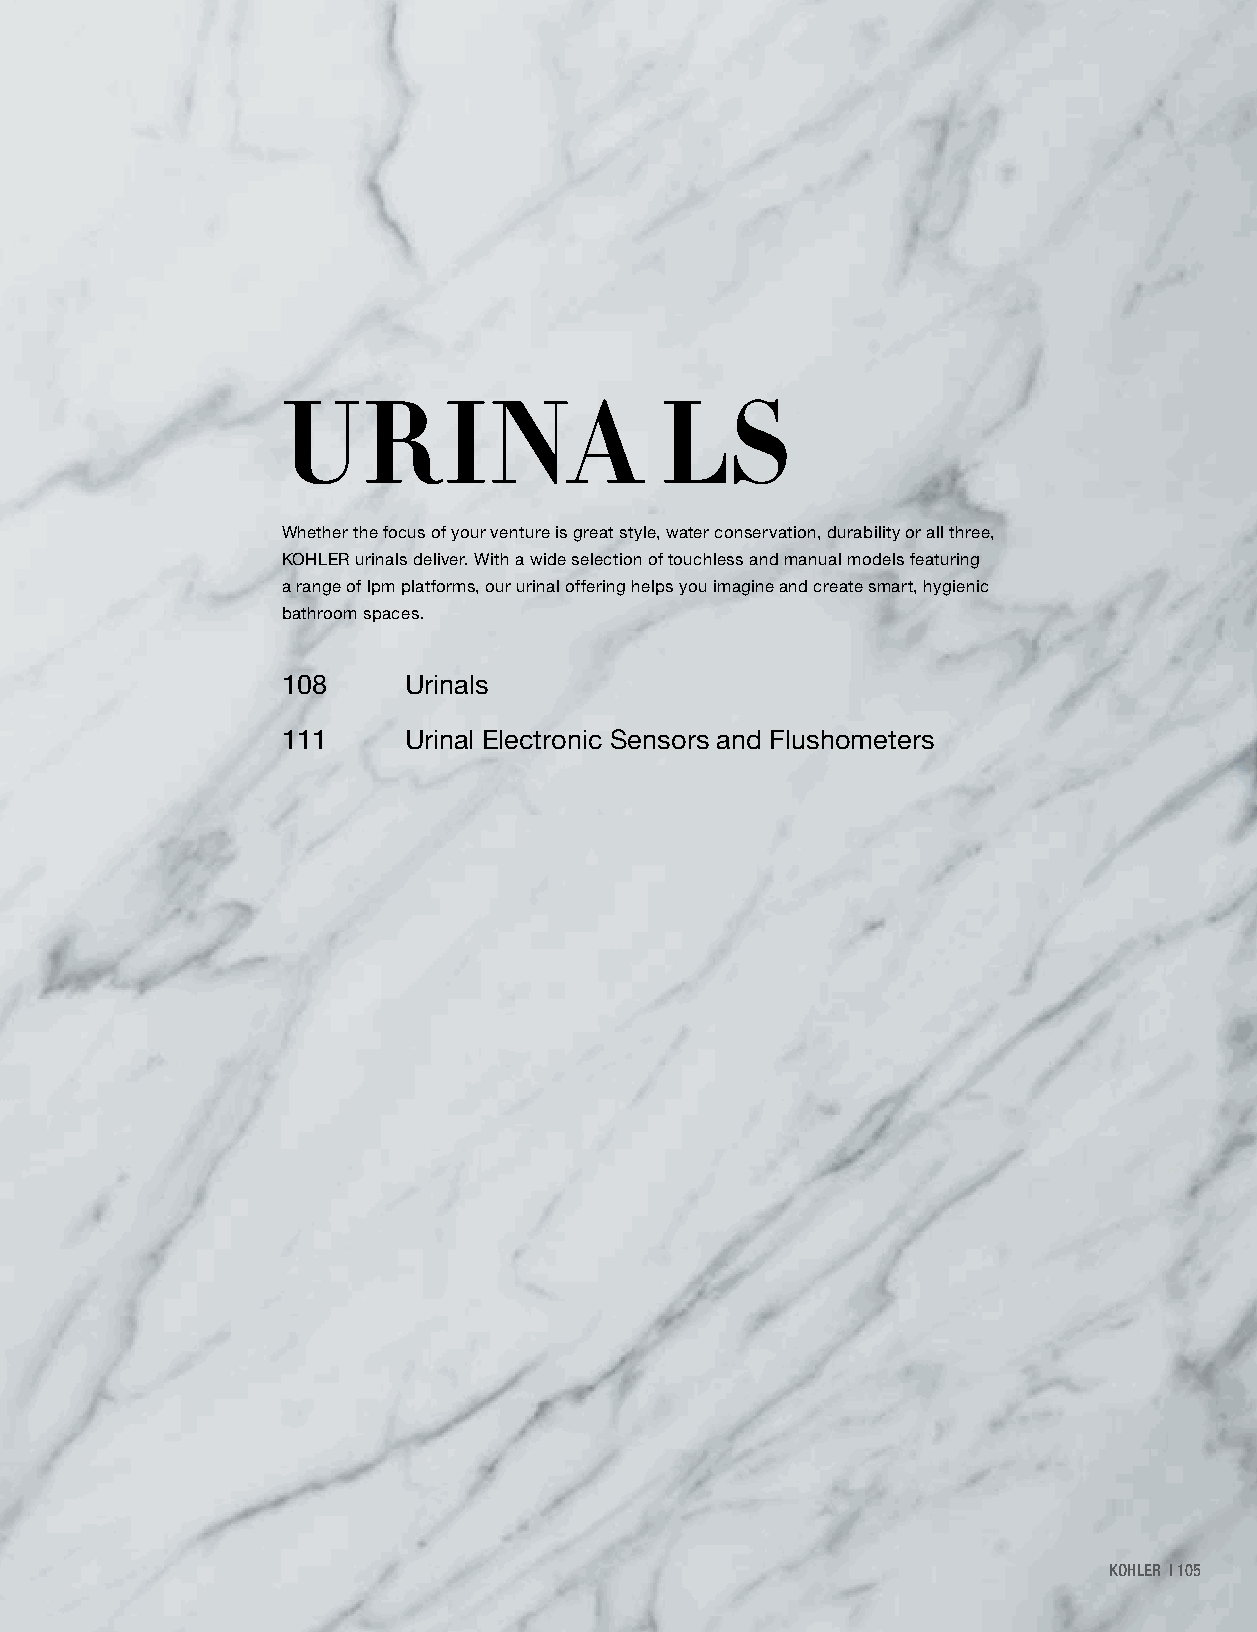
URINA                    LS
 Whether the focus of your venture is great style, water conservation, durability or all three,
 KOHLER urinals deliver. With a wide selection of touchless and manual models featuring
 a range of lpm platforms, our urinal offering helps you imagine and create smart, hygienic
 bathroom spaces.
 108     Urinals
 111     Urinal Electronic Sensors and Flushometers
 KKOOHHLLEERR || 110055